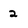
Character: 2